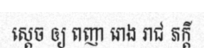
ស្តេច ឲ្យ ពញា រោង រាជ ភក្តី